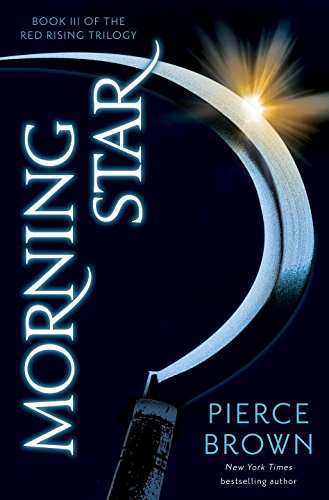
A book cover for Morning Star: Book III of The Red Rising Trilogy; Pierce Brown; Science Fiction & Fantasy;